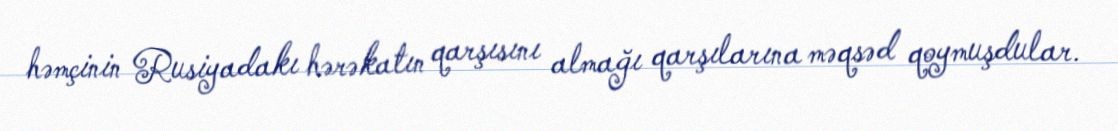
həmçinin Rusiyadakı hərəkatın qarşısını almağı qarşılarına məqsəd qoymuşdular.